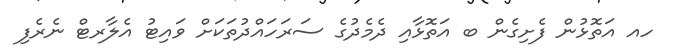
ހއ އަތޮޅުން ފެށިގެން ބ އަތޮޅާއި ދެމެދުގެ ސަރަހައްދުތަކަށް ވައިޓު އެލާރޓް ނެރެފި